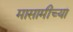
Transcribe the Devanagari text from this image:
मासामीच्या